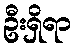
ဦးရှိရာ